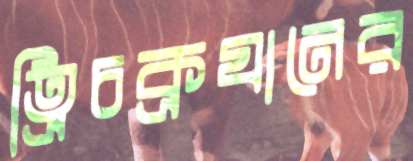
ত্রিচক্রযানের